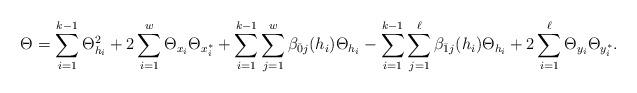
LaTeX: \begin{align*}\Theta_{}=\sum_{i=1}^{k-1}\Theta_{h_i}^2+2\sum_{i=1}^{w}\Theta_{x_i}\Theta_{x^*_i}+\sum_{i=1}^{k-1}\sum_{j=1}^{w}\beta_{\bar0j}(h_i)\Theta_{h_i}-\sum_{i=1}^{k-1}\sum_{j=1}^{\ell}\beta_{\bar1j}(h_i)\Theta_{h_i}+2\sum_{i=1}^{\ell}\Theta_{y_i}\Theta_{y^*_i}.\end{align*}